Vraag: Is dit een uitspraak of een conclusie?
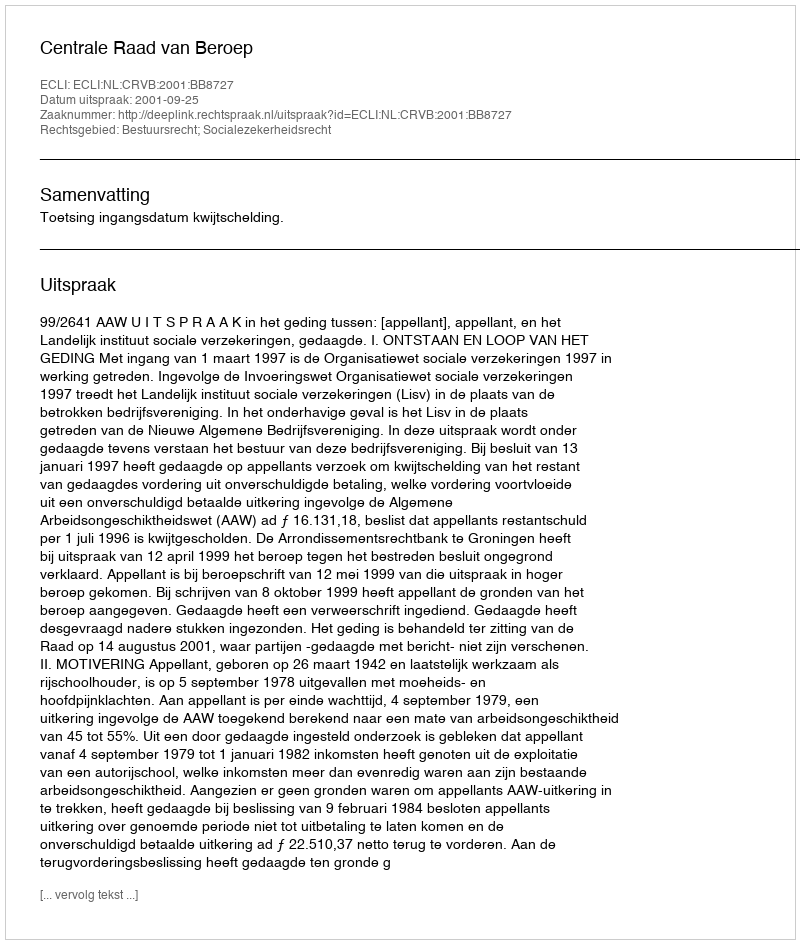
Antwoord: Uitspraak